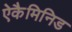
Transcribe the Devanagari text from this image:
ऐकैमिनिड